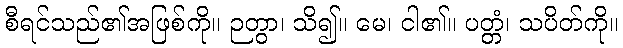
စီရင်သည်၏အဖြစ်ကို။ ဉတွာ၊ သိ၍။ မေ၊ ငါ၏။ ပတ္တံ၊ သပိတ်ကို။